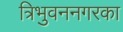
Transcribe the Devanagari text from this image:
त्रिभुवननगरका